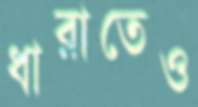
ধারাতেও